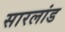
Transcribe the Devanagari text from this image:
सारलांड